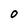
Character: 0